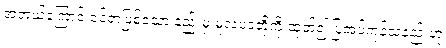
အဘယ်ကြောင့် ဝင်ရာဖြစ်သော နည်းမှ မူလပဒတို့ကို ထုတ်၍ ပြအပ်ကုန်သနည်းဟု